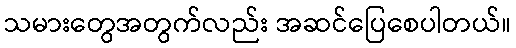
သမားတွေအတွက်လည်း အဆင်ပြေစေပါတယ်။